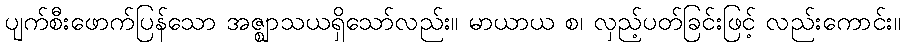
ပျက်စီးဖောက်ပြန်သော အဇ္ဈာသယရှိသော်လည်း။ မာယာယ စ၊ လှည့်ပတ်ခြင်းဖြင့် လည်းကောင်း။